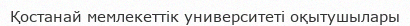
Қостанай мемлекеттік университеті оқытушылары